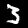
Label: 3